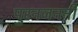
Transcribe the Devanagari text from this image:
पुरनजननी